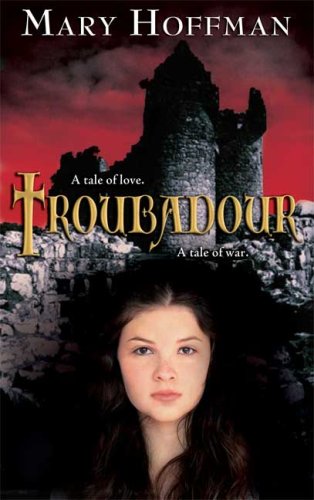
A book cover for Troubadour; Mary Hoffman; Teen & Young Adult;